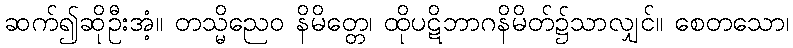
ဆက်၍ဆိုဦးအံ့။ တသ္မိညေဝ နိမိတ္တေ၊ ထိုပဋိဘာဂနိမိတ်၌သာလျှင်။ စေတသော၊